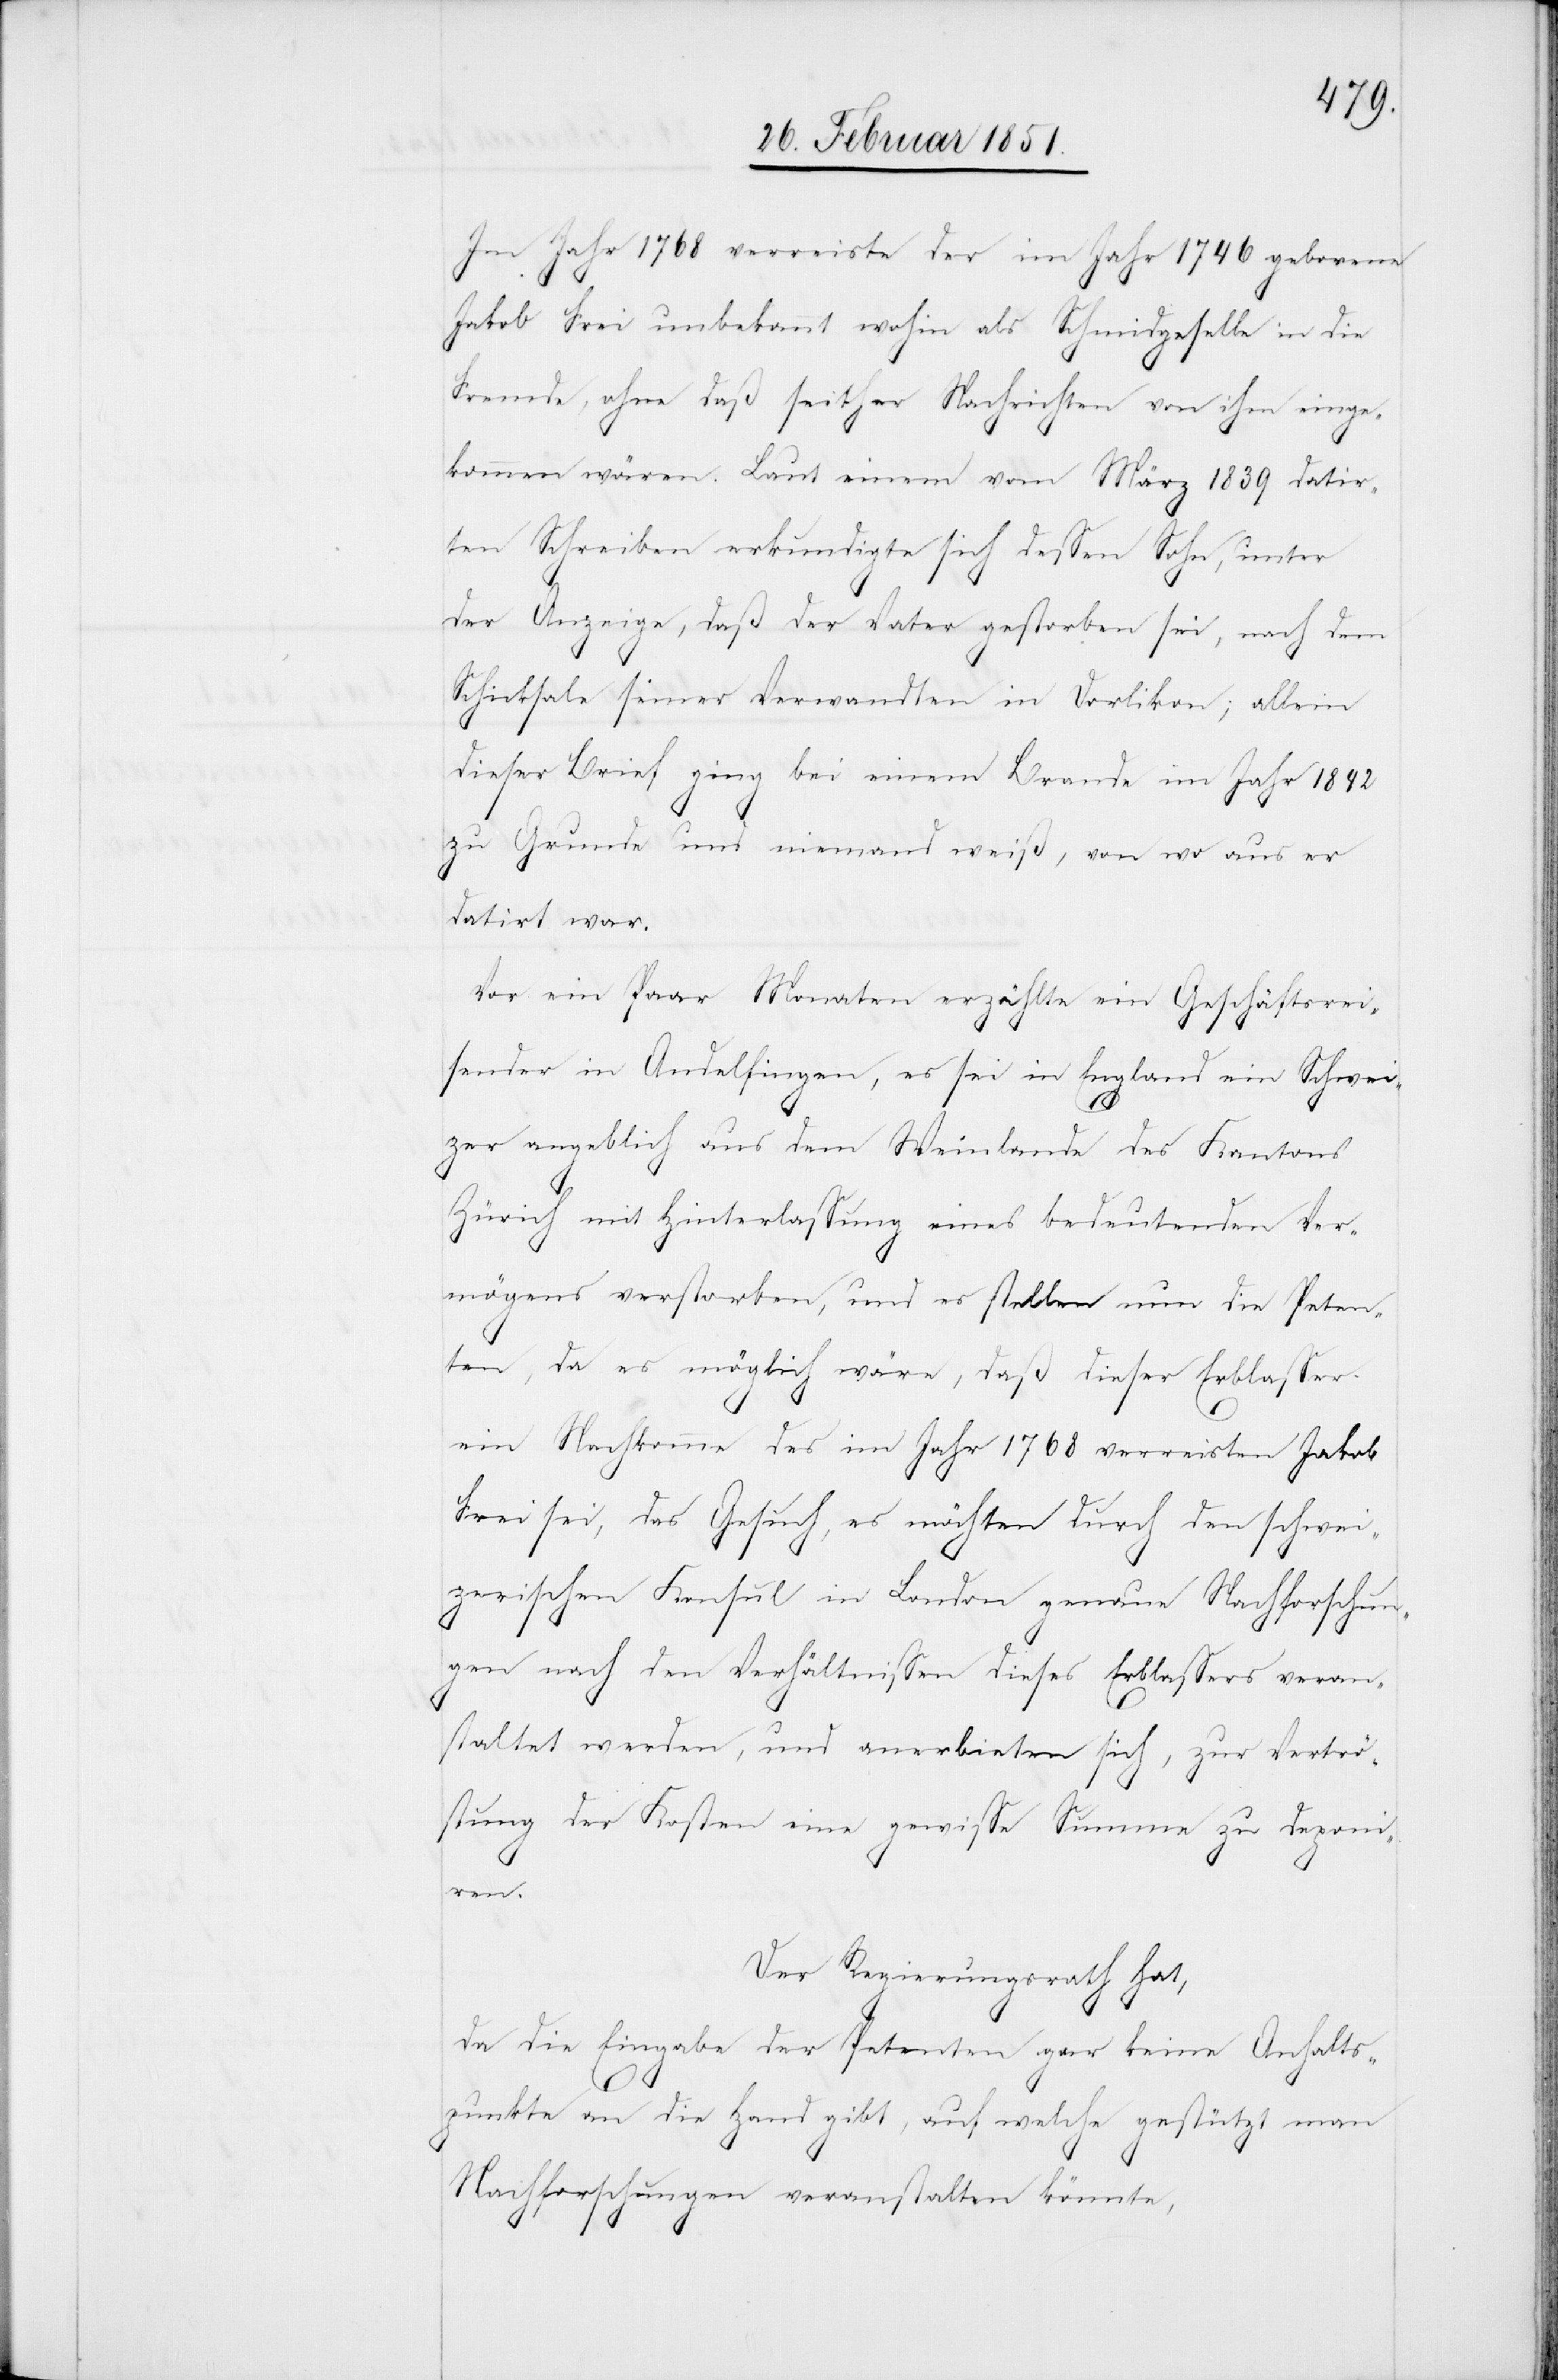
Im Jahr 1768 verreiste der im Jahr 1746 geborene
Jakob Frei unbekannt wohin als Schmidgeselle in die
Fremde, ohne daß seither Nachrichten von ihm einge¬
kommen wären. Laut einem vom März 1839 datir¬
ten Schreiben erkundigte sich dessen Sohn, unter
der Anzeige, daß der Vater gestorben sei, nach dem
Schicksale seiner Verwandten in Dorlikon; allein
dieser Brief ging bei einem Brande im Jahr 1842
zu Grunde und niemand weiß, von wo aus er
datirt war.
Vor ein Paar Monaten erzählte ein Geschäftsrei¬
sender in Andelfingen, es sei in England ein Schwei¬
zer angeblich aus dem Weinlande des Kantons
Zürich mit Hinterlassung eines bedeutenden Ver¬
mögens verstorben, und es stellen nun die Peten¬
ten, da es möglich wäre, daß dieser Erblasser
ein Nachkomme des im Jahr 1768 verreisten Jakob
Frei sei, das Gesuch, es möchten durch den schwei¬
zerischen Konsul in London genaue Nachforschun¬
gen nach den Verhältnissen dieses Erblassers veran¬
staltet werden, und anerbieten sich, zur Vertrö¬
stung der Kosten eine gewisse Summe zu deponi¬
ren.
Der Regierungsrath hat,
da die Eingabe der Petenten gar keine Anhalts¬
punkte an die Hand gibt, auf welche gestützt man
Nachforschungen veranstalten könnte,